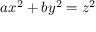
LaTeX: a x ^ { 2 } + b y ^ { 2 } = z ^ { 2 }